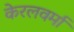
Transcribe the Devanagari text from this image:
केरलवर्मा